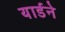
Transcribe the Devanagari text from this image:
यार्डने